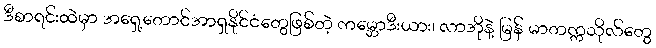
ဒီစာရင်းထဲမှာ အရှေ့တောင်အာရှနိုင်ငံတွေဖြစ်တဲ့ ကမ္ဘောဒီးယား၊ လာအိုနဲ့ မြန် မာတက္ကသိုလ်တွေ